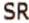
SR